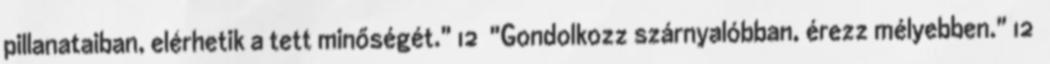
pillanataiban, elérhetik a tett minőségét." 12 "Gondolkozz szárnyalóbban, érezz mélyebben." 12